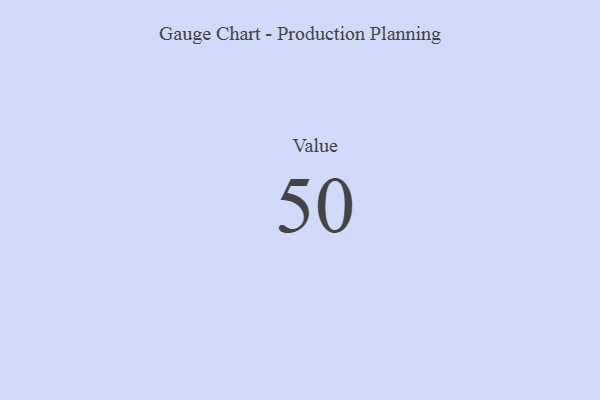
{"axis": {"x": "Metric", "y": "Value"}, "legend": [""], "data": [{"x": "Value", "y": 50, "type": ""}]}